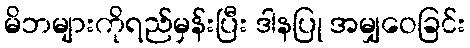
မိဘများကိုရည်မှန်းပြီး ဒါနပြု အမျှဝေခြင်း